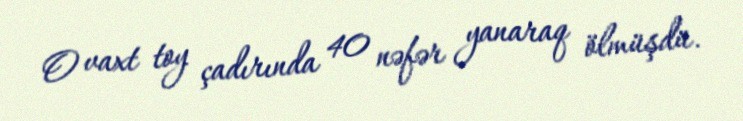
O vaxt toy çadırında 40 nəfər yanaraq ölmüşdü.